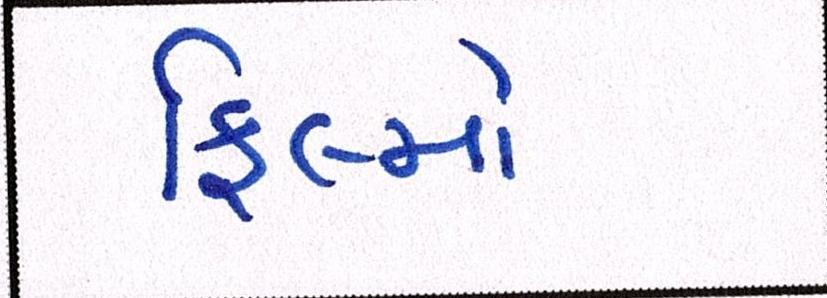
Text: ફિલ્મો